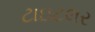
ટાઇટલર